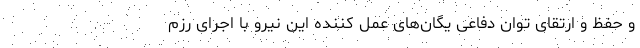
و حفظ و ارتقای توان دفاعی یگان‌های عمل کننده این نیرو با اجرای رزم